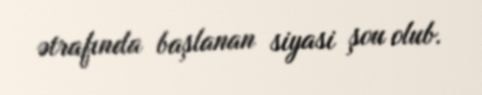
ətrafında başlanan siyasi şou olub.